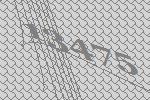
13475